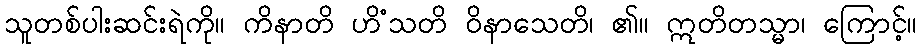
သူတစ်ပါးဆင်းရဲကို။ ကိနာတိ ဟိံသတိ ဝိနာသေတိ၊ ၏။ ဣတိတသ္မာ၊ ကြောင့်။